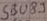
Text: GBU89